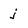
Character: j